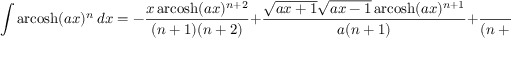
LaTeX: \int \operatorname { a r c o s h } ( a x ) ^ { n } \, d x = - { \frac { x \operatorname { a r c o s h } ( a x ) ^ { n + 2 } } { ( n + 1 ) ( n + 2 ) } } + { \frac { { \sqrt { a x + 1 } } { \sqrt { a x - 1 } } \operatorname { a r c o s h } ( a x ) ^ { n + 1 } } { a ( n + 1 ) } } + { \frac { 1 } { ( n + 1 ) ( n + 2 ) } } \int \operatorname { a r c o s h } ( a x ) ^ { n + 2 } \, d x \quad ( n \neq - 1 , - 2 )